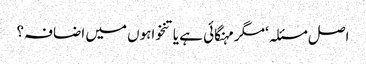
اصل مسئلہ ‘مگر مہنگائی ہے یا تنخواہوں میں اضافہ؟